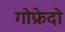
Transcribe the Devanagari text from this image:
गोफ्रेदो